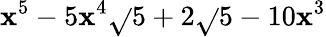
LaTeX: \mathbf{x}^{5}-5\mathbf{x}^{4}\sqrt{}{{5+2\sqrt{}{{5}}}}-10\mathbf{x}^{3}